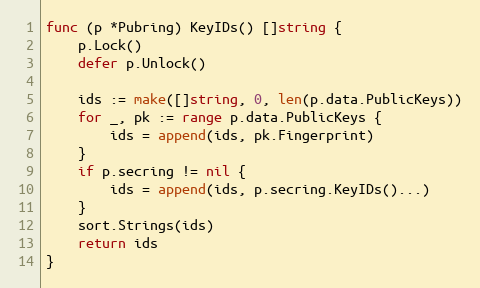
Language: Go
func (p *Pubring) KeyIDs() []string {
	p.Lock()
	defer p.Unlock()

	ids := make([]string, 0, len(p.data.PublicKeys))
	for _, pk := range p.data.PublicKeys {
		ids = append(ids, pk.Fingerprint)
	}
	if p.secring != nil {
		ids = append(ids, p.secring.KeyIDs()...)
	}
	sort.Strings(ids)
	return ids
}